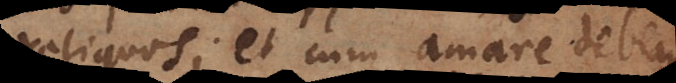
reliquos; et cum amare debeamus